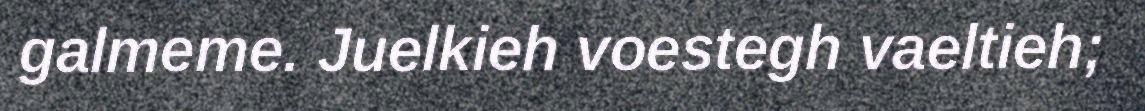
galmeme. Juelkieh voestegh vaeltieh;